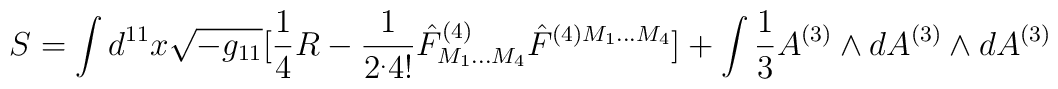
S=\int d^{11}x \sqrt{-g_{11}}[{1\over 4}R-{1\over{2^.4!}}\hat F^{(4)}_{M_1...M_4}\hat F^{(4)M_1...M_4}]+\int {1\over 3}A^{(3)}\wedge dA^{(3)}\wedge dA^{(3)}